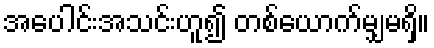
အပေါင်းအသင်းဟူ၍ တစ်ယောက်မျှမရှိ။